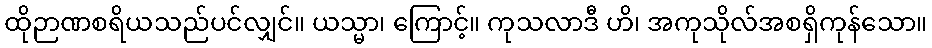
ထိုဉာဏစရိယသည်ပင်လျှင်။ ယသ္မာ၊ ကြောင့်။ ကုသလာဒီ ဟိ၊ အကုသိုလ်အစရှိကုန်သော။